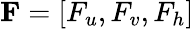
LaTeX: \textbf{F}=[F_{u},F_{v},F_{h}]